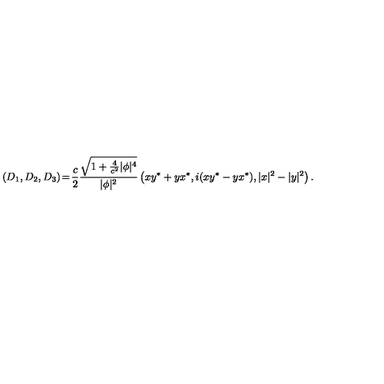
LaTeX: ( D _ { 1 } , D _ { 2 } , D _ { 3 } ) \! = \! { \frac { c } { 2 } } { \frac { \sqrt { 1 + { \frac { 4 } { c ^ { 2 } } } | \phi | ^ { 4 } } } { | \phi | ^ { 2 } } } \left( x y ^ { * } + y x ^ { * } , i ( x y ^ { * } - y x ^ { * } ) , | x | ^ { 2 } - | y | ^ { 2 } \right) .